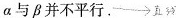
a与β并不平行。